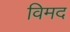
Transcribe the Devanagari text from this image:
विमद